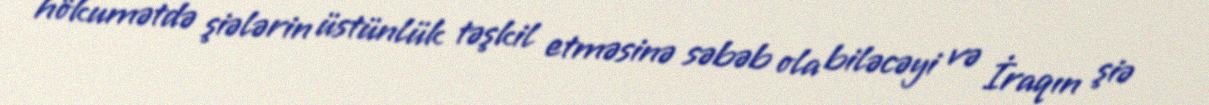
hökumətdə şiələrin üstünlük təşkil etməsinə səbəb ola biləcəyi və İraqın şiə